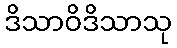
ဒိသာဝိဒိသာသု